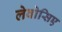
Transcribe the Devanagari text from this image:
लेवोसिए